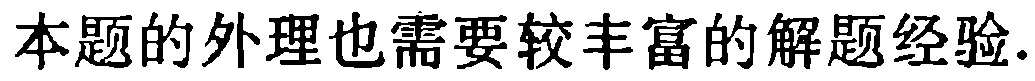
本题的外理也需要较丰富的解题经验.